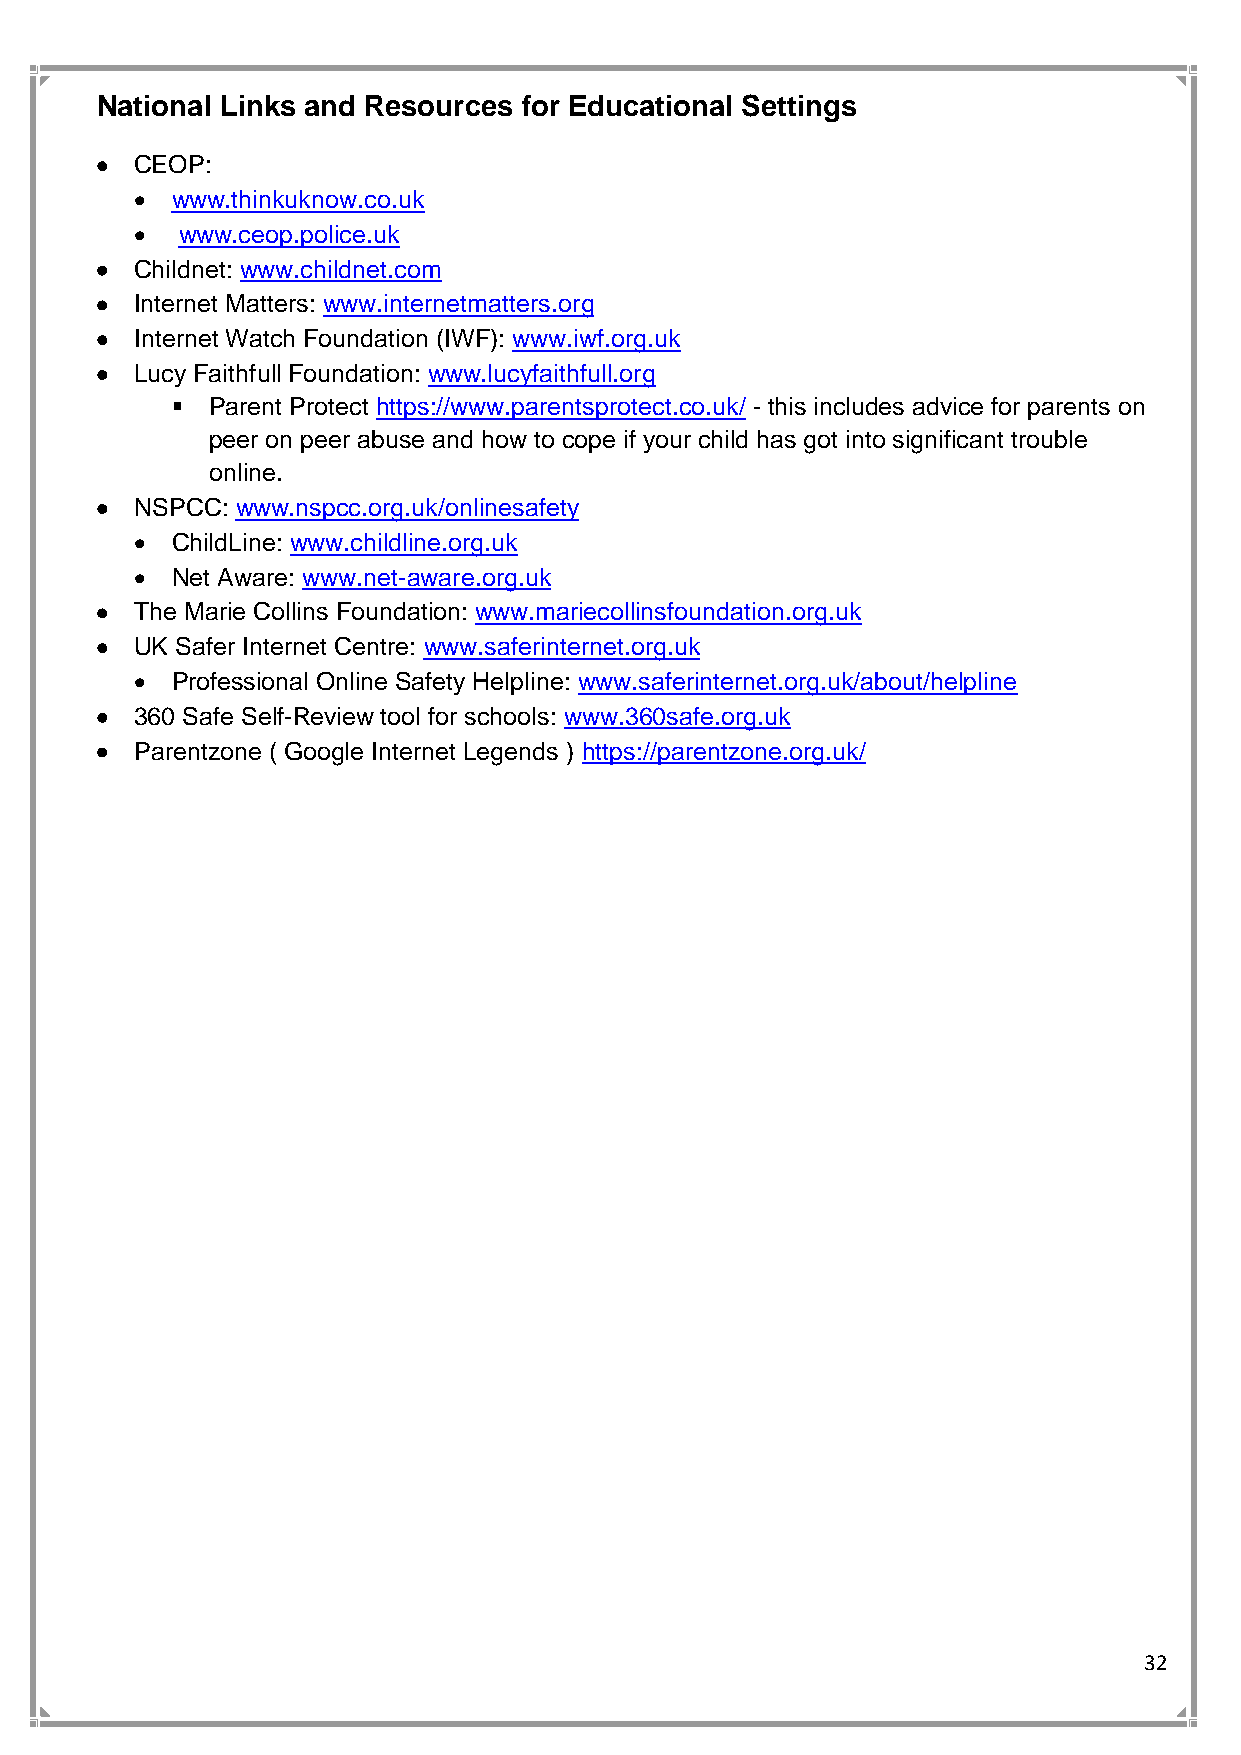
National Links and Resources for Educational Settings
 •  CEOP:
 • www.thinkuknow.co.uk
 •  www.ceop.police.uk
 •  Childnet: www.childnet.com
 •  Internet Matters: www.internetmatters.org
 •  Internet Watch Foundation (IWF): www.iwf.org.uk
 •  Lucy Faithfull Foundation: www.lucyfaithfull.org
 ▪  Parent Protect https://www.parentsprotect.co.uk/ - this includes advice for parents on
 peer on peer abuse and how to cope if your child has got into significant trouble
 online.
 •  NSPCC: www.nspcc.org.uk/onlinesafety
 • ChildLine: www.childline.org.uk
 • Net Aware: www.net-aware.org.uk
 •  The Marie Collins Foundation: www.mariecollinsfoundation.org.uk
 •  UK Safer Internet Centre: www.saferinternet.org.uk
 • Professional Online Safety Helpline: www.saferinternet.org.uk/about/helpline
 •  360 Safe Self-Review tool for schools: www.360safe.org.uk
 •  Parentzone ( Google Internet Legends ) https://parentzone.org.uk/
 32